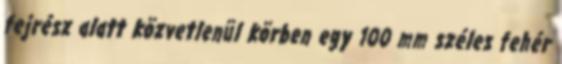
fejrész alatt közvetlenül körben egy 100 mm széles fehér